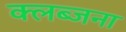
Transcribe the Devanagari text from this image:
क्लब्जना